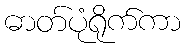
ဓာတ်ပုံရိုက်ကာ